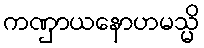
ကဏှာယနောဟမသ္မိ